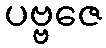
ပဗ္ဗဇေ